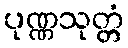
ပုဏ္ဏသုတ္တံ